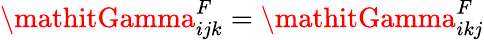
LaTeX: \mathitGamma_{ijk}^{F}=\mathitGamma_{ikj}^{F}